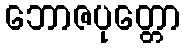
ဘောဇပုတ္တော